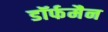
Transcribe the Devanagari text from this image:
डॉर्फमैन